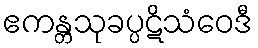
ဧကန္တသုခပ္ပဋိသံဝေဒီ